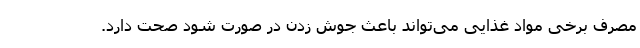
مصرف برخی مواد غذایی می‌تواند باعث جوش زدن در صورت شود صحت دارد.